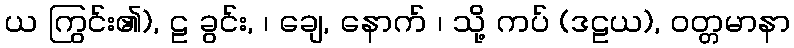
ယ ကြွင်း၏), ဠ ခွင်း, ၊ ချေ, နောက် ၊ သို့ ကပ် (ဒဠယ), ဝတ္တမာနာ